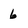
Character: 6